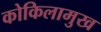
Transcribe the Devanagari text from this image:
कोकिलामुख